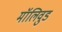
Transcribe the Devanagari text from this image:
मॉलिवुड